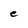
Character: e